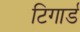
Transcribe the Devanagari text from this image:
टिगार्ड